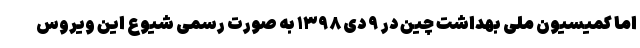
اما کمیسیون ملی بهداشت چین در ۹ دی ۱۳۹۸ به ‌صورت رسمی شیوع این ویروس